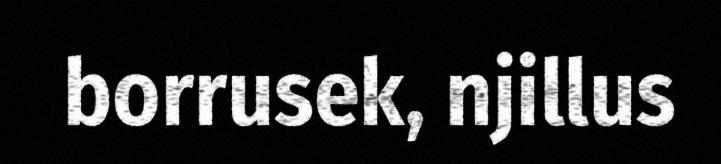
borrusek, njillus